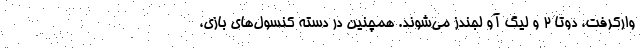
وارکرفت، دوتا ۲ و لیگ آو لجندز می‌شوند. همچنین در دسته کنسول‌های بازی،